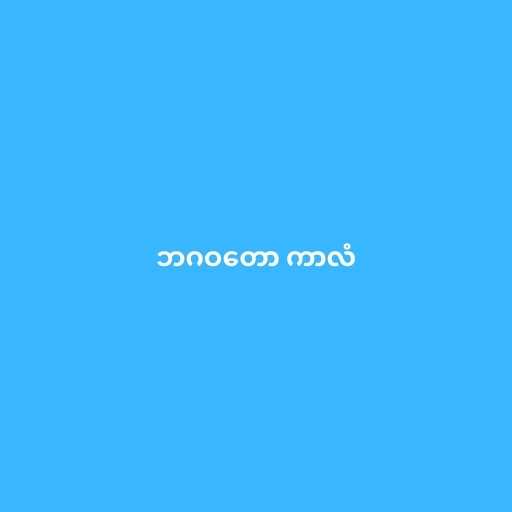
ဘဂဝတော ကာလံ